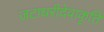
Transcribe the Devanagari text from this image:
जटाधरीदेवाकृति